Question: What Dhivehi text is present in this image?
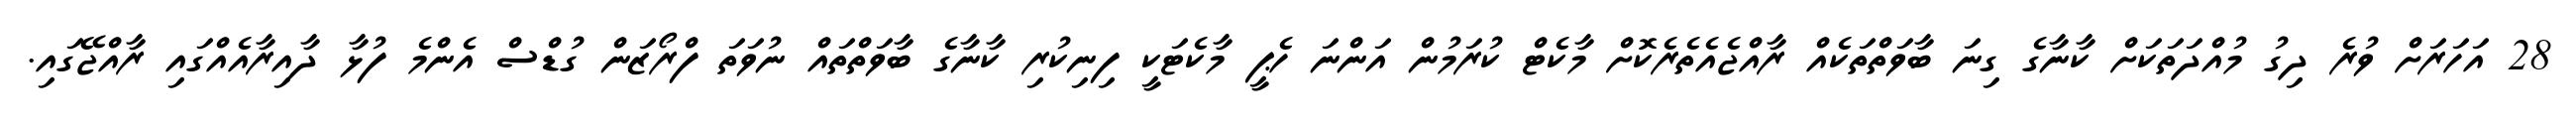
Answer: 28 އަހަރަށް ވުރެ ދިގު މުއްދަތަކަށް ކާނާގެ ގިނަ ބާވަތްތަކެއް ރާއްޖެއެތެރެކޮށް މާކެޓް ކުރަމުން އަންނަ ހެޕީ މާކެޓަކީ ފިނިކުރި ކާނާގެ ބާވަތްތައް ނުވަތަ ފްރޯޒަން ގުޑްސް އެންމެ ފުޅާ ދާއިރާއެއްގައި ރާއްޖޭގައި.